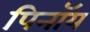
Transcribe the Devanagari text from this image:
पिनॉय